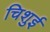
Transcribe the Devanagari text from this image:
चिशुई